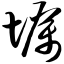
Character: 坜